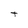
Character: t